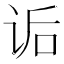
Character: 诟